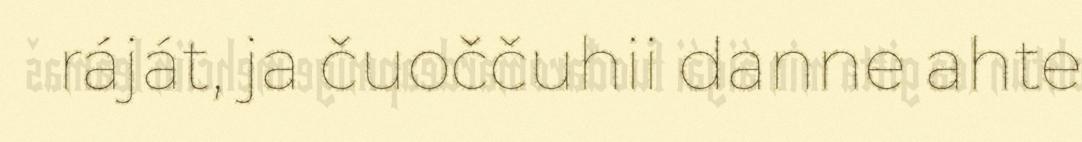
ráját, ja čuoččuhii danne ahte